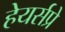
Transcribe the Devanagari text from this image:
हेयर्सप्रे